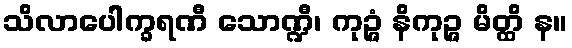
သိလာပေါက္ခရဏီ သောဏ္ဍီ၊ ကုဉ္ဇံ နိကုဉ္ဇ မိတ္ထိ န။